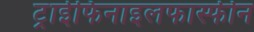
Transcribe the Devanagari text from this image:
ट्राईफिनाइलफास्फीन